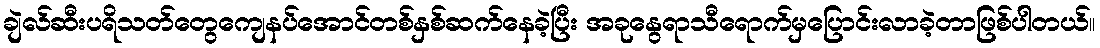
ချဲလ်ဆီးပရိသတ်တွေကျေနပ်အောင်တစ်နှစ်ဆက်နေခဲ့ပြီး အခုနွေရာသီရောက်မှပြောင်းလာခဲ့တာဖြစ်ပါတယ်။